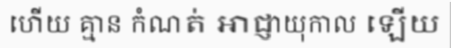
ហើយ គ្មាន កំណត់ អាជ្ញាយុកាល ឡើយ